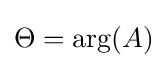
\Theta =\mathrm {arg} (A)